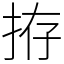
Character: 拵